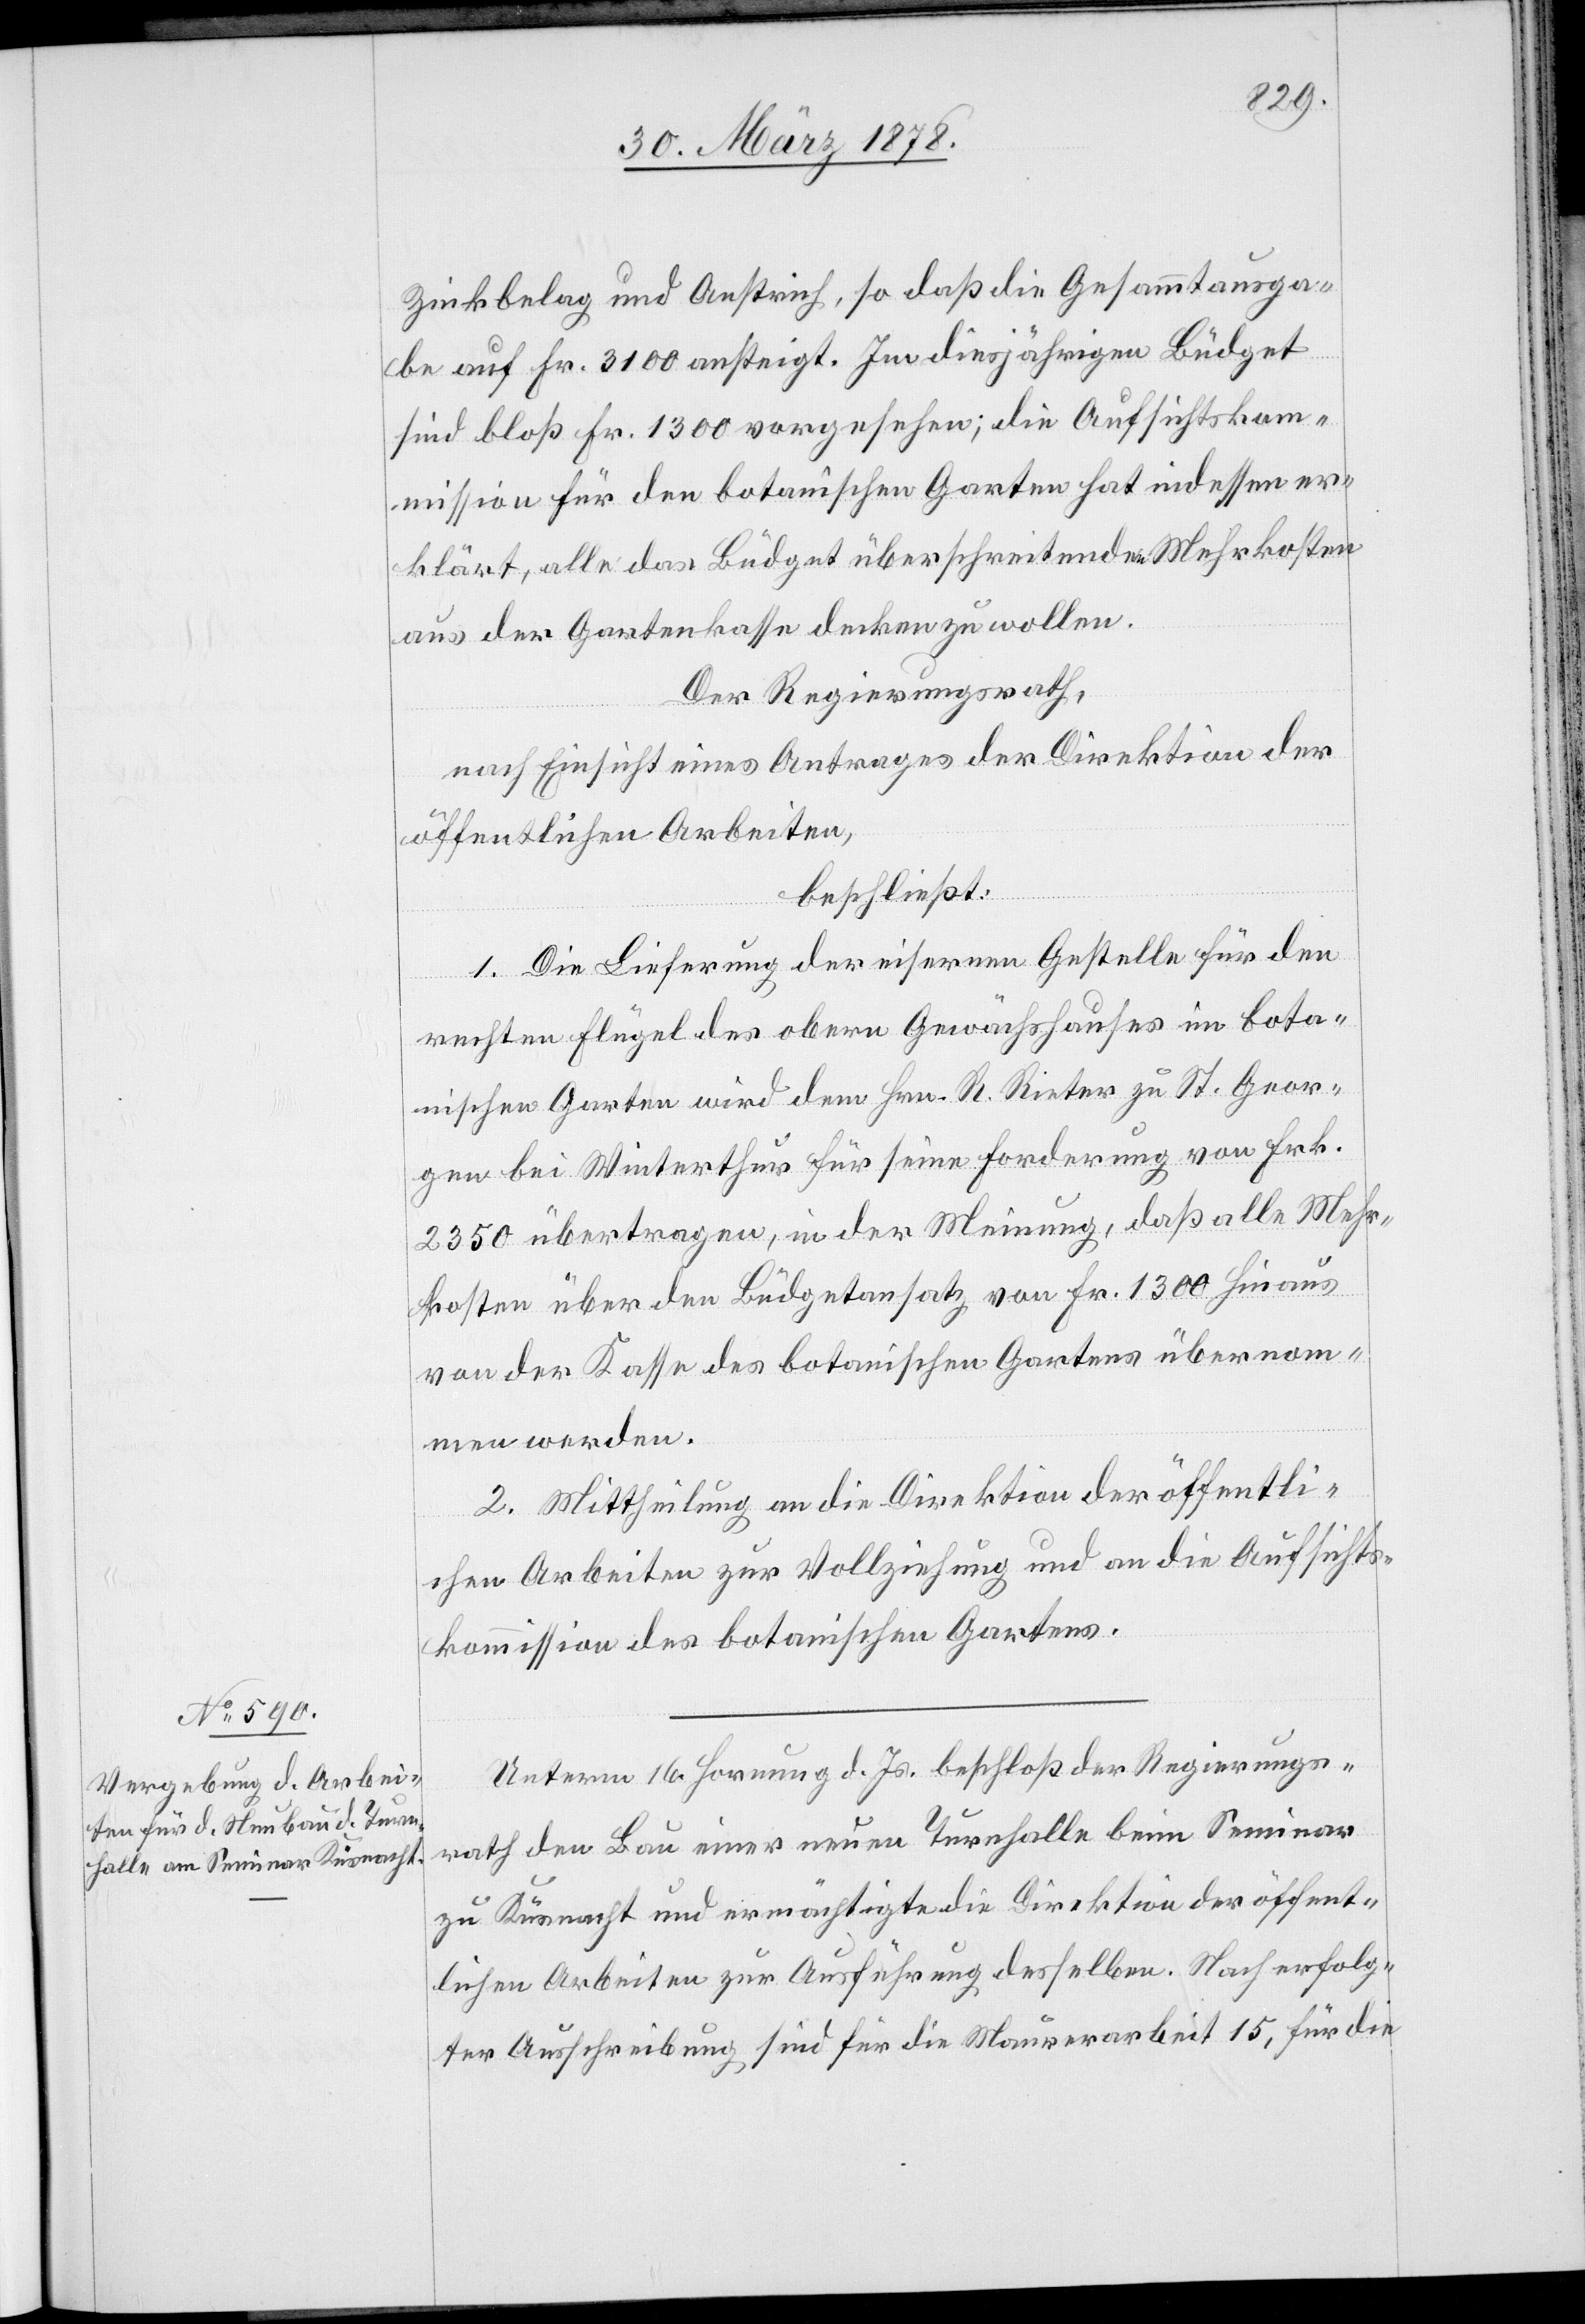
Zinkbelag und Anstrich, so daß die Gesammtausga¬
be auf Fr. 3100 aufsteigt. Im diesjährigen Büdget
sind bloß Fr. 1300 vorgesehen; die Aufsichtsko¬
mmission für den botanischen Garten hat indessen er¬
klärt, alle das Büdget überschreitenden Mehrkosten
aus der Gartenkasse decken zu wollen.
Der Regierungsrath,
nach Einsicht eines Antrages der Direktion der
öffentlichen Arbeiten,
beschließt:
1. Die Lieferung der eisernen Gestelle für den
rechten Flügel des obern Gewächshauses im bota¬
nischen Garten wird dem Hrn. R. Rieter zu St. Geor¬
gen bei Winterthur für seine Forderung von Frk.
2350 übertragen, in der Meinung, daß alle Mehr¬
kosten über den Büdgetansatz von Fr. 1300 hinaus
von der Kasse des botanischen Gartens übernom¬
men werden.
2. Mittheilung an die Direktion der öffentli¬
chen Arbeiten zur Vollziehung und an die Aufsichts¬
kommission des botanischen Gartens.
Unterm 16. Hornung d. Js. beschloß der Regierungs¬
rath den Bau einer neuen Turnhalle beim Seminar
zu Küsnacht und ermächtigte die Direktion der öffent¬
lichen Arbeiten zur Ausführung desselben. Nach erfolg¬
ter Ausschreibung sind für die Maurerarbeit 15, für die